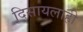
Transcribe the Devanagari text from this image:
दिसायलाही